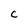
Character: c